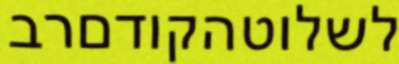
לשלוטהקודםרב